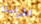
المراسلة